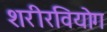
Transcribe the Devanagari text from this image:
शरीरवियोग